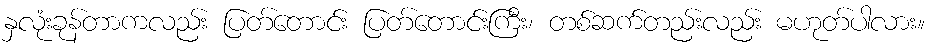
နှလုံးခုန်တာကလည်း ပြတ်တောင်း ပြတ်တောင်းကြီး၊ တစ်ဆက်တည်းလည်း မဟုတ်ပါလား။